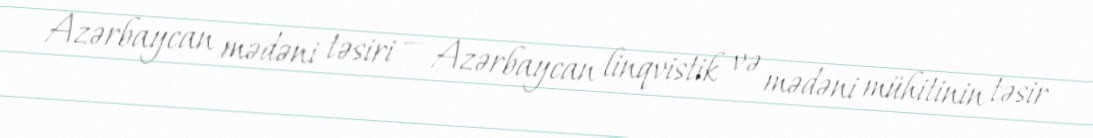
Azərbaycan mədəni təsiri — Azərbaycan linqvistik və mədəni mühitinin təsir